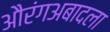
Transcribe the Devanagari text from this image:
औरंगअबादला